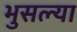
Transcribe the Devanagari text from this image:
भुसल्या